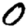
Digit: 0